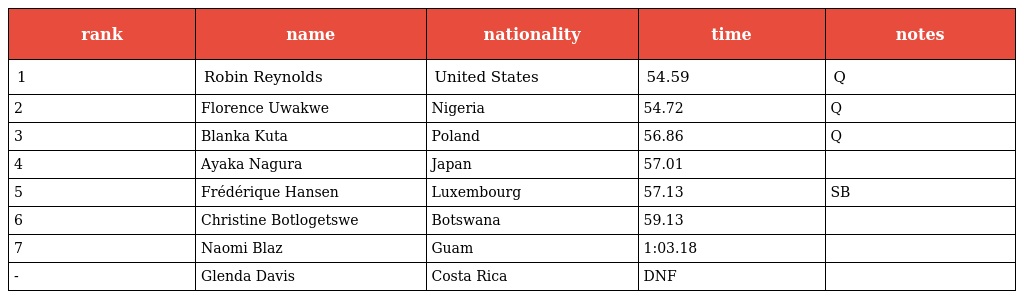
| rank | name | nationality | time | notes |
 | --- | --- | --- | --- | --- |
 | 1 | Robin Reynolds | United States | 54.59 | Q |
 | 2 | Florence Uwakwe | Nigeria | 54.72 | Q |
 | 3 | Blanka Kuta | Poland | 56.86 | Q |
 | 4 | Ayaka Nagura | Japan | 57.01 |  |
 | 5 | Frédérique Hansen | Luxembourg | 57.13 | SB |
 | 6 | Christine Botlogetswe | Botswana | 59.13 |  |
 | 7 | Naomi Blaz | Guam | 1:03.18 |  |
 | - | Glenda Davis | Costa Rica | DNF |  |